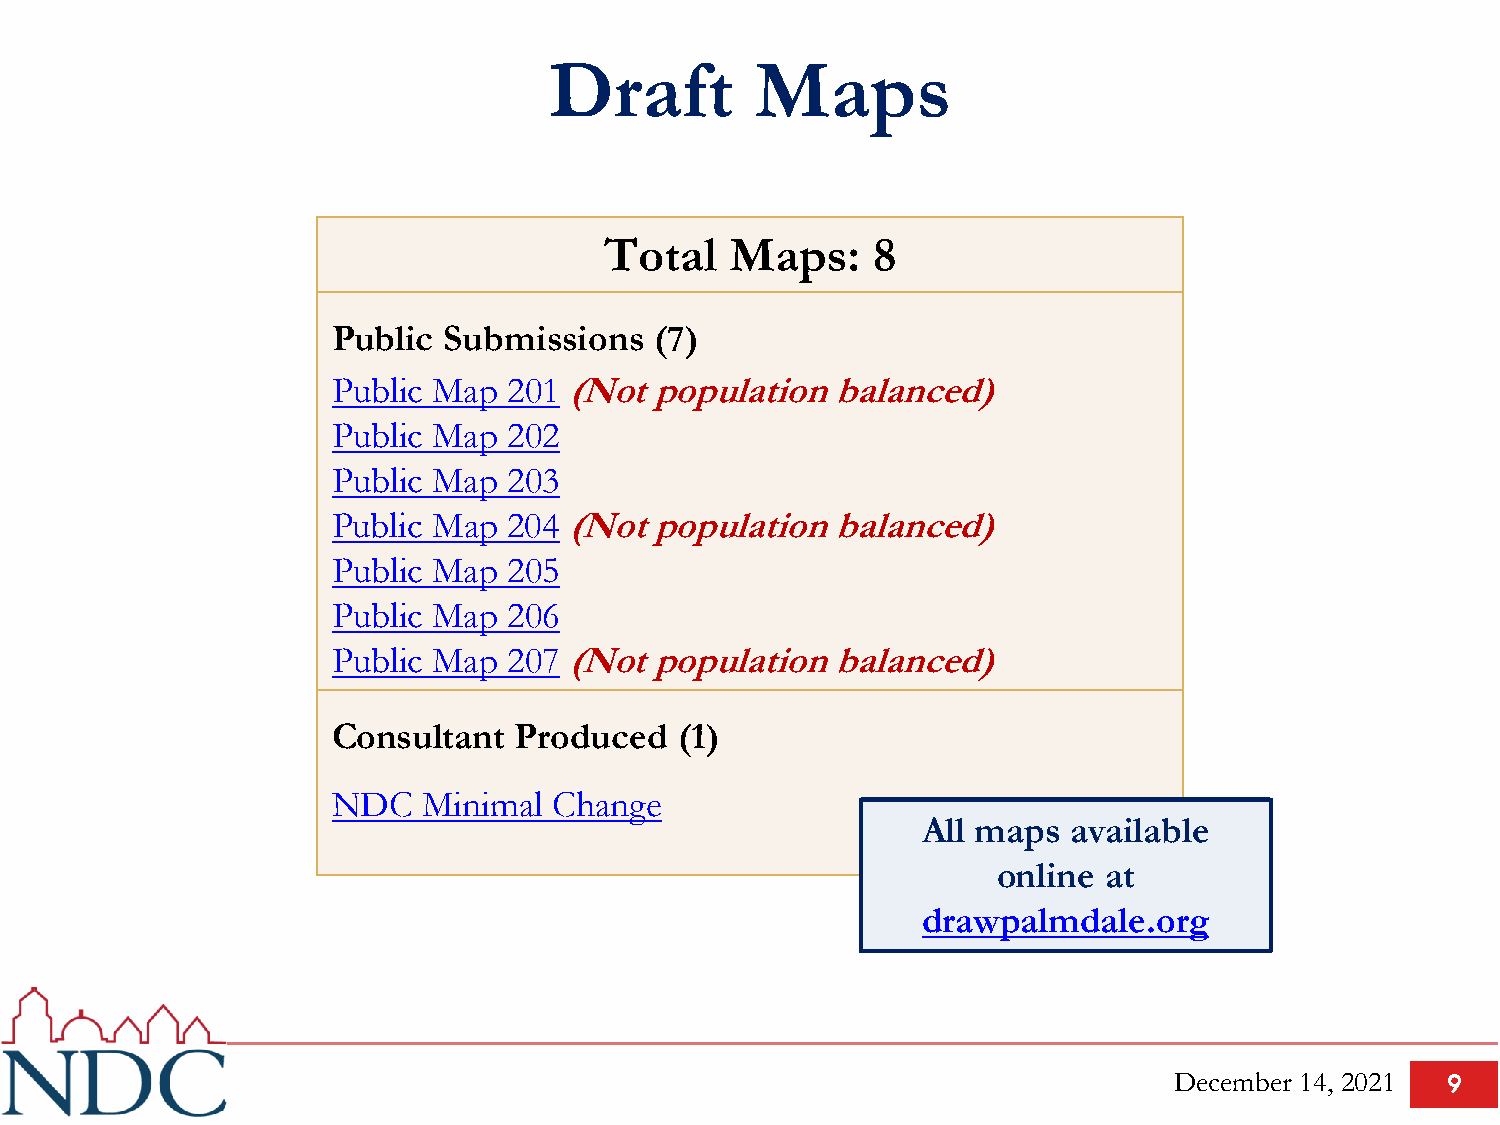
Draft         Maps
 Total   Maps:     8
 Public Submissions   (7)
 Public Map  201 (Not population  balanced)
 Public Map  202
 Public Map  203
 Public Map  204 (Not population  balanced)
 Public Map  205
 Public Map  206
 Public Map  207 (Not population  balanced)
 Consultant  Produced   (1)
 NDC   Minimal  Change
 All maps  available
 online at
 drawpalmdale.org
 December 14, 2021 9